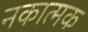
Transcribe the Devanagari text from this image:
नकात्मक